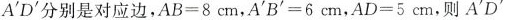
与 A'D'分别是对应边,$$A B = 8$$ cm,$$A ^{\prime} B ^{\prime} = 6$$cm,$$A D = 5$$ cm,则 A^{\prime} D^{\prime}